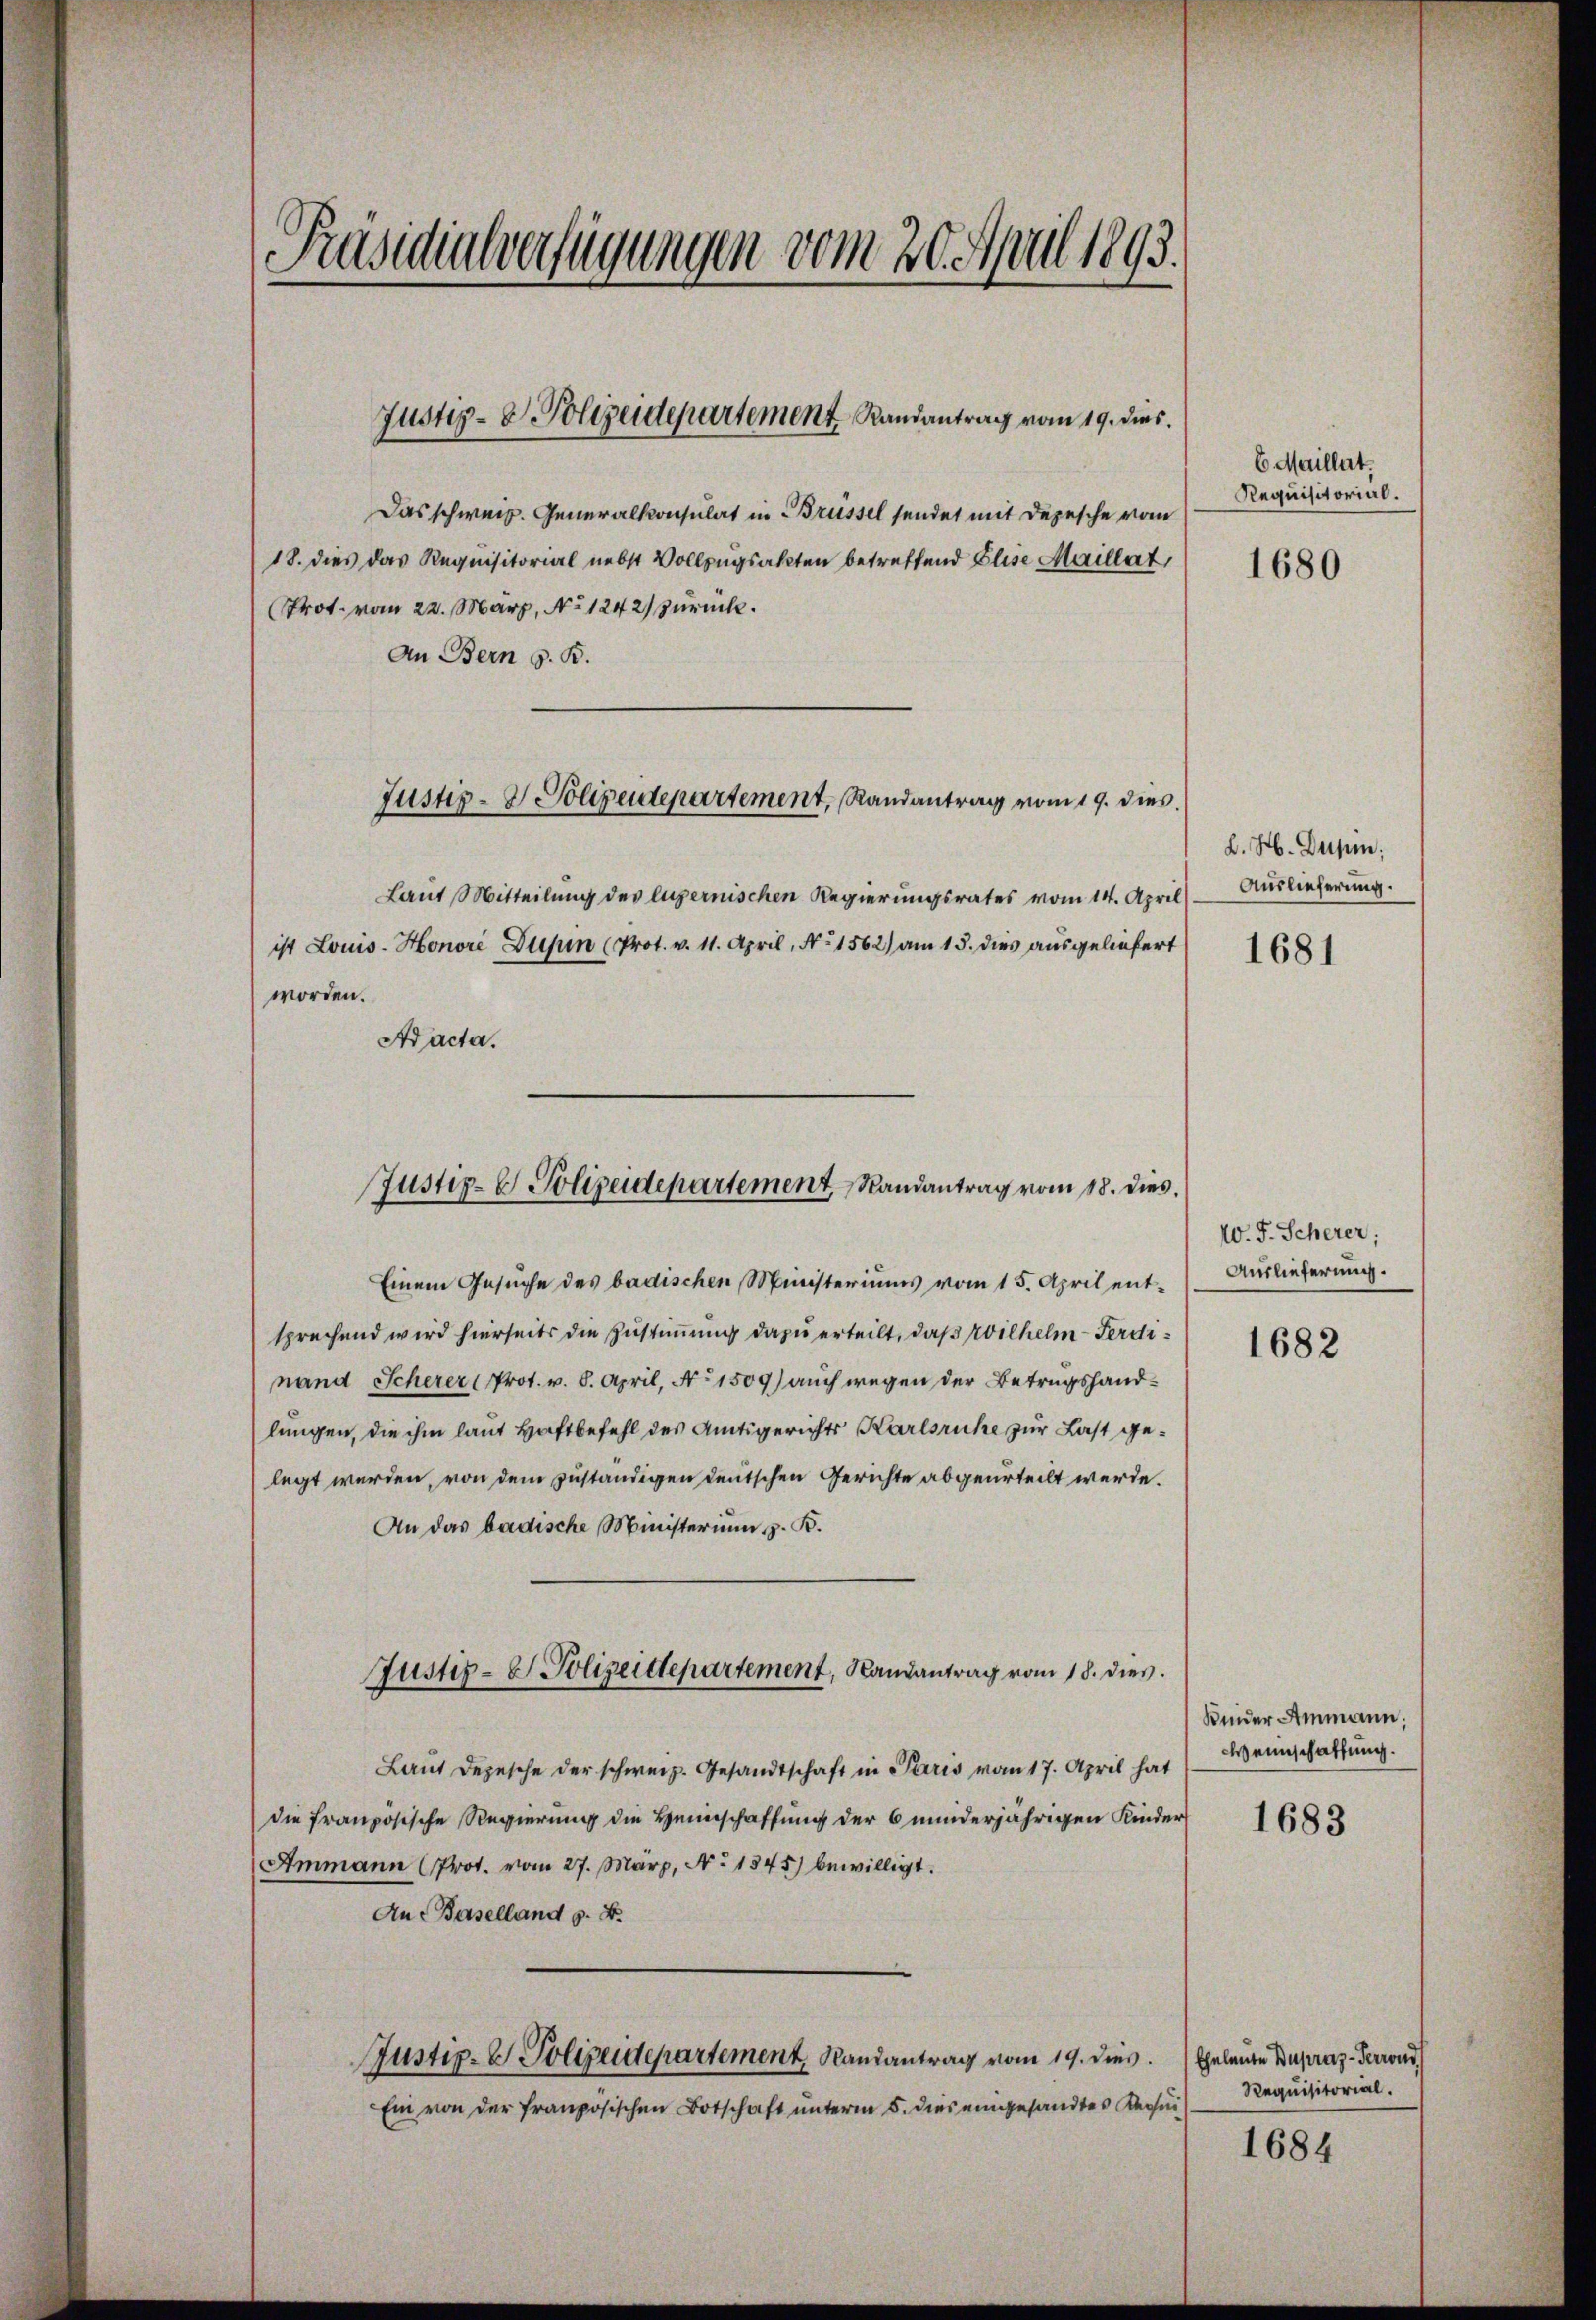
Präsidialverfügungen vom 20. April 1893.
c

Justiz- & Polizeidepartement Randantrag vom 19. dies.

Das schweiz. Generalkonsulat in Brüssel sendet mit Depesche vom
18. dies das Requisitorial nebst Vollzugsakten betreffend Elise Maillat
(Prot. vom 22. März, No 1242) zurück.
An Bern z. B.
Justiz- & Polizeidepartement, Randantrag vom 19. dies
Laut Mitteilung des lugernischen Regierungsrates vom 14. April
ist Louis-Honori Dupin (Prot. v. 11. April, No 1562) am 15. dies ausgeliefert
worden.
Ad acta.

Justiz- & Polizeidepartement, Randantrag vom 18. dies

Einem Gesuche des badischen Ministeriums vom 15. April entsprechend wird hierseits die Zustimmung dazu erteilt, daß Wilhelm Ferdinand Scherer Prot. v. 8. April, No 1509) auch wegen der Betrugshandlungen, die ihm laut Haftbefehl des Amtsgerichts Karlsruhe zur Last gelegt werden, von dem zuständigen deutschen Gerichte abgeurteilt werde.
An das badische Ministerium z. B.
Laut Depesche der schweiz. Gesandtschaft in Paris vom 17. April hat
die französische Regierung die Heimschaffung der 6 minderjährigen Kinder
Ammann (Prot. vom 27. März, No 1345) bewilligt.
An Baselland z. B.
Justiz- & Polizeidepartement, Randantrag vom 19. dies. Eheleute Dupraz-Terrond
Ein von der französischen Botschaft unterm 5. dies eingesandtes Requi

Justiz- & Polizeidepartement, Randantrag vom 18. dies

6. Maillet.
Requisitorial.

1680

L. H. Dupm:
Auslieferung.

1681

W. J. Scherer;
Auslieferung.

1682

Kinder Ammann.
Weinschaffung.

1683

Requisitorial.

1684